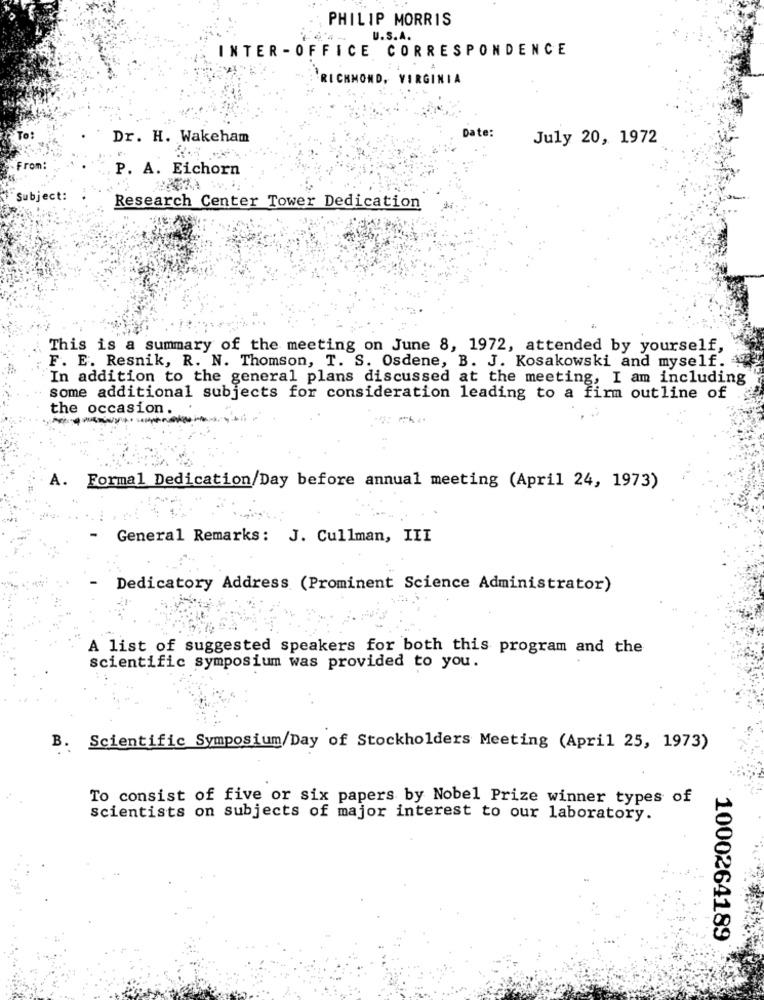
PHILIP MORRIS
U.S.A.
INTER - OFFICE CORRESPONDENCE
'RICHMOND, VIRGINIA
Date:
Dr. H. Wakeham
July 20, 1972
From:
P. A. Eichorn
Subject:
Research Center Tower Dedication
This is a summary of the meeting on June 8, 1972, attended by yourself,
F. E. Resnik, R. N. Thomson, T. S. Osdene, B. J. Kosakowski and myself. 4
In addition to the general plans discussed at the meeting, I am including
some additional subjects for consideration leading to a firm outline of
the occasion
.
A.
Formal Dedication/Day before annual meeting (April 24, 1973)
General Remarks: J. Cullman, III
Dedicatory Address (Prominent Science Administrator)
A list of suggested speakers for both this program and the
scientific symposium was provided to you.
B. Scientific Symposium/Day of Stockholders Meeting (April 25, 1973)
To consist of five or six papers by Nobel Prize winner types of
Scientists on subjects of major interest to our laboratory.
1000264189